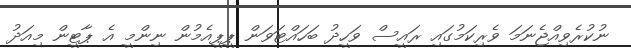
ނުކުރެވިއްޖެނަމަ ވެރިކަމުގައި ރައީސް ވަހީދު ބަހައްޓަވަން ޕީޕީއެމުން ނިންމީ އެ ޕާޓީން މިއަދު